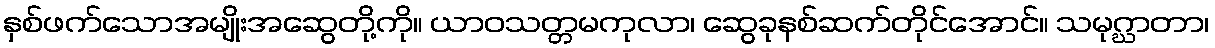
နှစ်ဖက်သောအမျိုးအဆွေတို့ကို။ ယာဝသတ္တမကုလာ၊ ဆွေခုနစ်ဆက်တိုင်အောင်။ သမုဂ္ဃာတာ၊